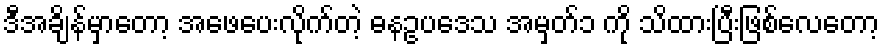
ဒီအချိန်မှာတော့ အဖေပေးလိုက်တဲ့ ဓနဥပဒေသ အမှတ်၁ ကို သိထားပြီးဖြစ်လေတော့